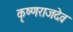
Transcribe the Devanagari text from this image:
कृष्णराजदेव